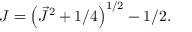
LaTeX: J = \left( \vec { J } ^ { 2 } + 1 / 4 \right) ^ { 1 / 2 } - 1 / 2 .